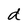
Character: d